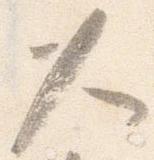
久